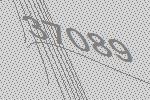
37089